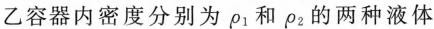
乙容器内密度分别为ρ_{1}和ρ_{2}的两种液体